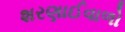
શરણાઈવાળો